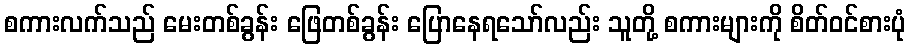
စကားလက်သည် မေးတစ်ခွန်း ဖြေတစ်ခွန်း ပြောနေရသော်လည်း သူတို့ စကားများကို စိတ်ဝင်စားပုံ